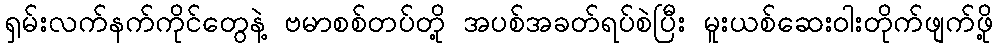
ရှမ်းလက်နက်ကိုင်တွေနဲ့ ဗမာစစ်တပ်တို့ အပစ်အခတ်ရပ်စဲပြီး မူးယစ်ဆေးဝါးတိုက်ဖျက်ဖို့